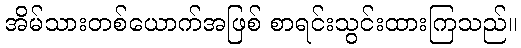
အိမ်သားတစ်ယောက်အဖြစ် စာရင်းသွင်းထားကြသည်။